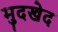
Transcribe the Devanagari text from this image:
मुदखेद